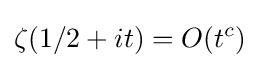
\zeta (1/2+it)=O(t^{c})